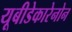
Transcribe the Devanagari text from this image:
यूबीडेकारेनोन